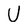
Character: U